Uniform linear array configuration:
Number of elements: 24
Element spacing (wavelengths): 0.75
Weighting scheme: exponential
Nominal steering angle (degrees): -60
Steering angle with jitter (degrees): -61.34
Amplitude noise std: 0.05
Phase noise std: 0.05

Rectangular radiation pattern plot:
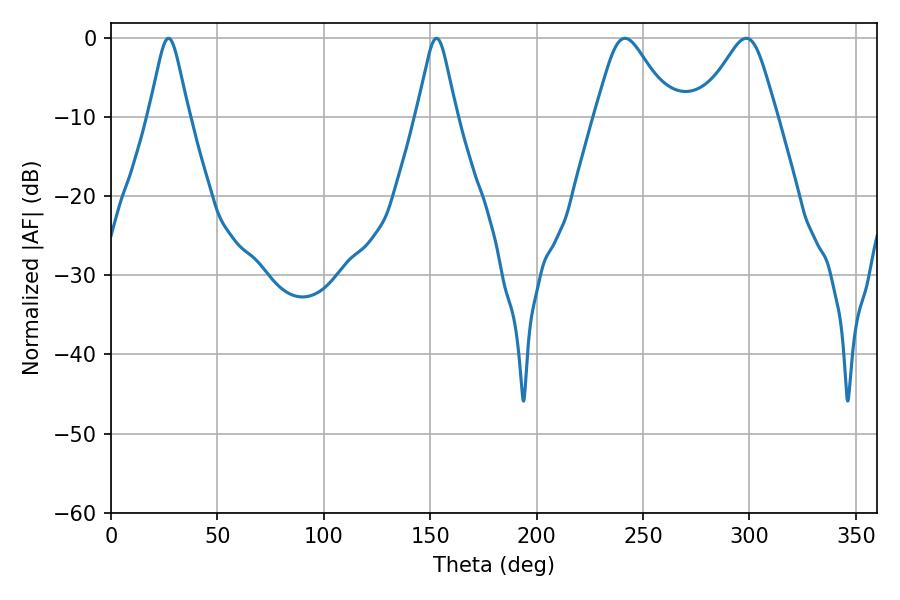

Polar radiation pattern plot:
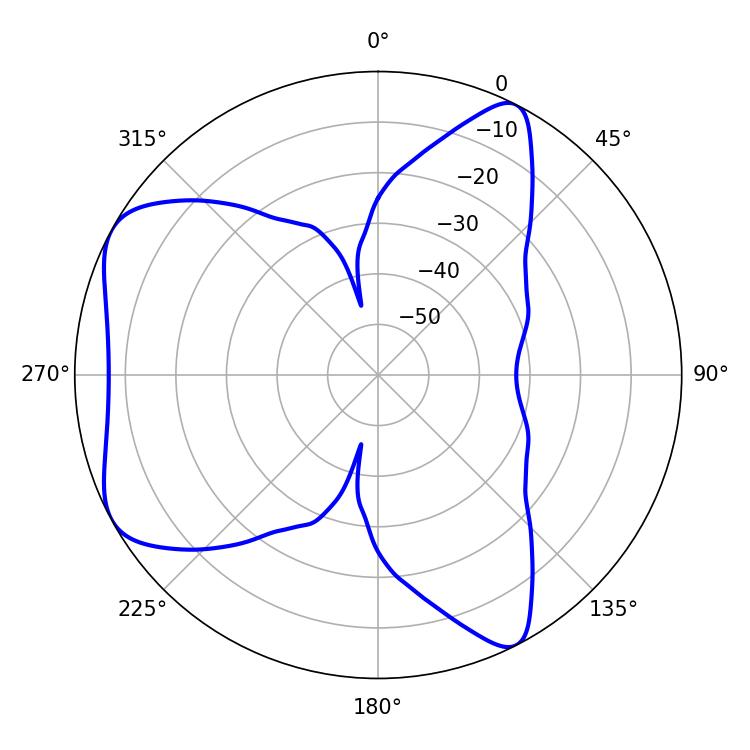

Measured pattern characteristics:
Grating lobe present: TRUE
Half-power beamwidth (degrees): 17.46
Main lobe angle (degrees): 298.44